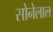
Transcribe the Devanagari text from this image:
सोनेलाल